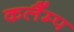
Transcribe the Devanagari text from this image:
कलैंम्प